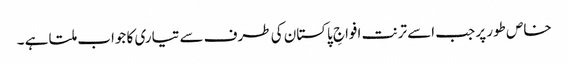
خاص طور پر جب اسے ترنت افواجِ پاکستان کی طرف سے تیاری کا جواب ملتا ہے ۔